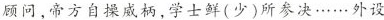
顾问，帝方自操威柄，学士鲜(少)所参决……外设